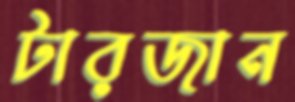
টারজান